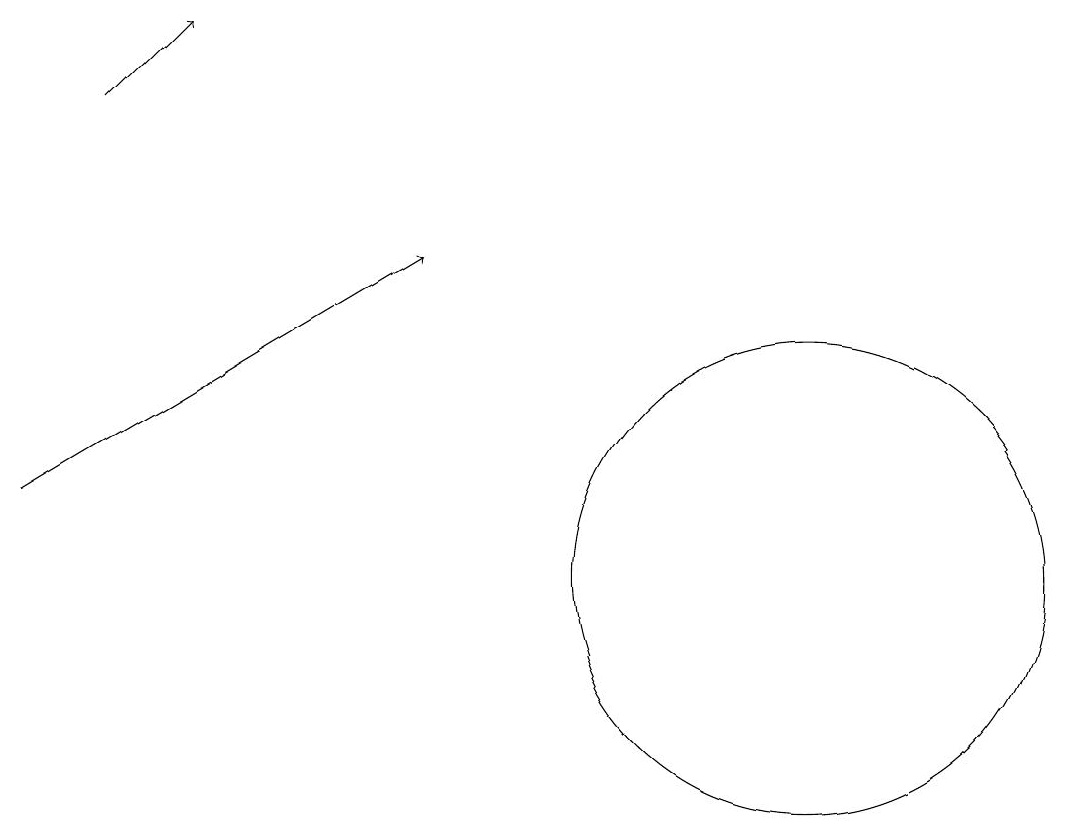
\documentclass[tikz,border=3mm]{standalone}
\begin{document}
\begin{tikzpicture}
\draw (11,11) circle (3);
\draw[->] (2,17) -- (3,18);
\draw[->] (1,12) -- (6,15);
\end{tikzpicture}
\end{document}